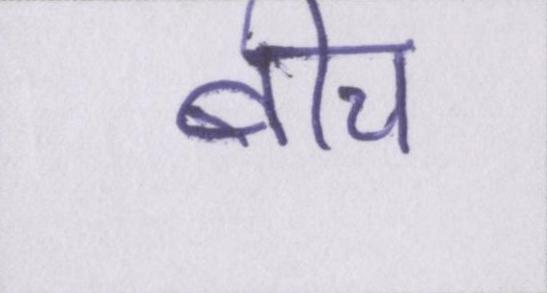
बीच